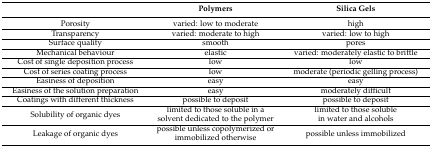
|  | Polymers | Silica Gels |
 | --- | --- | --- |
 | Porosity | varied: low to moderate | high |
 | Transparency | varied: moderate to high | varied: low to high |
 | Surface quality | smooth | pores |
 | Mechanical behaviour | elastic | varied: moderately elastic to brittle |
 | Cost of single deposition process | low | low |
 | Cost of series coating process | low | moderate (periodic gelling process) |
 | Easiness of deposition | easy | easy |
 | Easiness of the solution preparation | easy | moderately difficult |
 | Coatings with different thickness | possible to deposit | possible to deposit |
 | Solubility of organic dyes | limited to those soluble in a solvent dedicated to the polymer | limited to those soluble in water and alcohols |
 | Leakage of organic dyes | possible unless copolymerized or immobilized otherwise | possible unless immobilized |